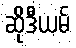
ဆိုဒီယမ်